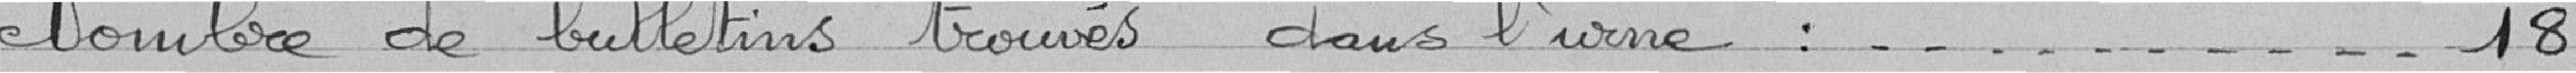
Nombre de bulletins trouvés dans l'urne : 18